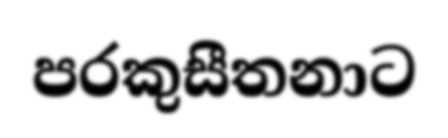
පරකුසීතනාට